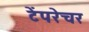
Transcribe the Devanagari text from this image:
टेंपरेचर